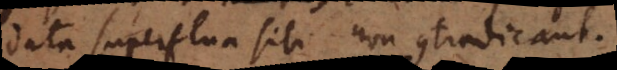
data superflua sibi non contradicant.